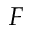
F